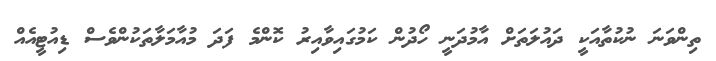
ތިންވަނަ ނުކުތާއަކީ ދައުލަތަށް އާމުދަނީ ހޯދުން ކަމުގައިވާއިރު ކޮންމެ ފަދަ މުއާމަލާތަކުންވެސް ޑިއުޓީއެއް